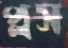
প্লস